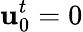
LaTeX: \mathrm{\mathbf{u}}_{0}^{t}=0